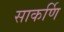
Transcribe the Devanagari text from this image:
साकर्णि